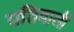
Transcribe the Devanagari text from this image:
पतिवाली